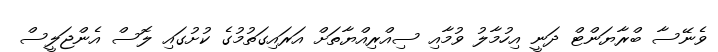
ވެނޭސާ ބްރާޔަންޓް ދަނީ އިހުމާލު ވުމާއި ސިއްރިއްޔާތަށް އަރައިގަތުމުގެ ކުށުގައި ލޮސް އެންޖަލީސް